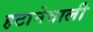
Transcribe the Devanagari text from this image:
हटानेवाली